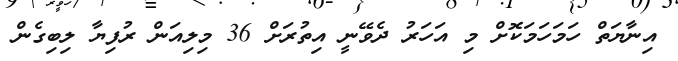
އިނާޔަތް ހަމަހަމަކޮށް މި އަހަރު ދެވޭނީ އިތުރަށް 36 މިލިއަން ރުފިޔާ ލިބިގެން